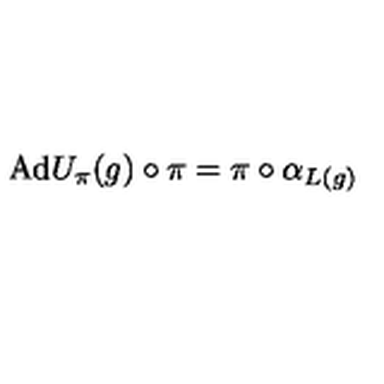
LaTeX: \mathrm { A d } U _ { \pi } ( g ) \circ \pi = \pi \circ \alpha _ { L ( g ) }